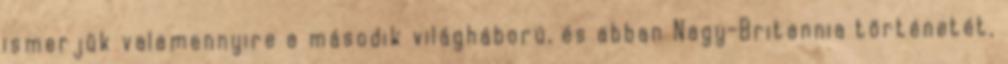
ismerjük valamennyire a második világháború, és abban Nagy-Britannia történetét,